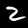
Digit: 2